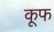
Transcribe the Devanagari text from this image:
कूफ